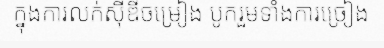
ក្នុងការលក់ស៊ីឌីចម្រៀង បូករួមទាំងការច្រៀង